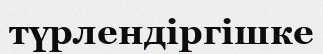
түрлендіргішке